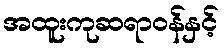
အထူးကုဆရာဝန်နှင့်